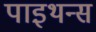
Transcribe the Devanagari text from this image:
पाइथन्स